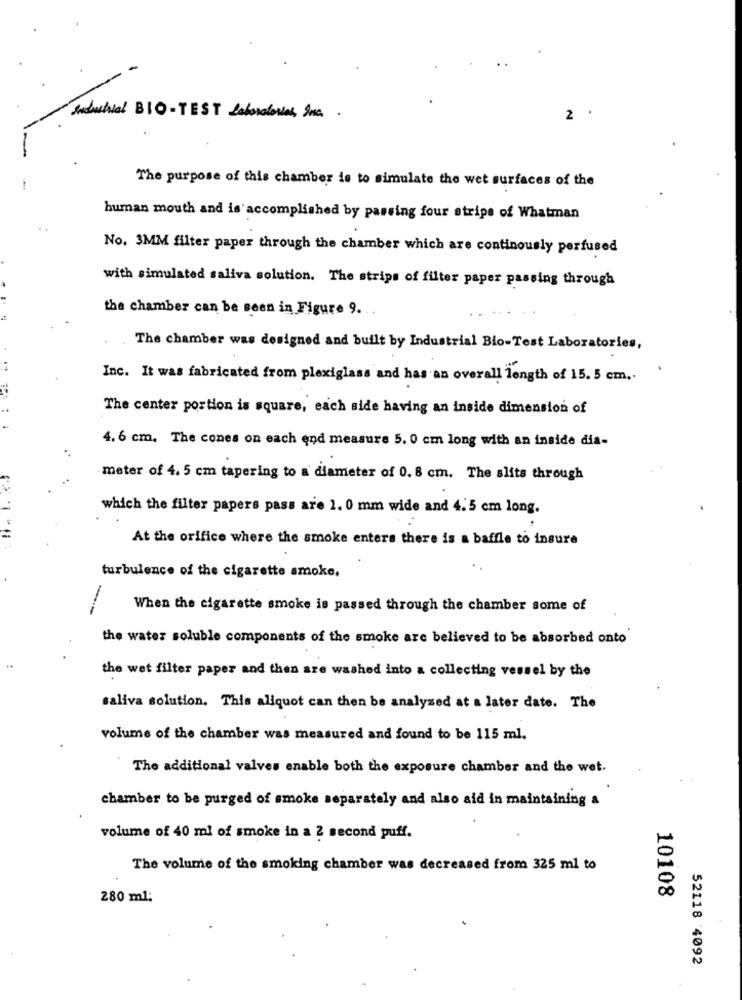
Industrial BIO-TEST Laboratories, Inc ..
2 .
The purpose of this chamber is to simulate the wet surfaces of the
human mouth and is accomplished by passing four stripe of Whatman
No. 3MM filter paper through the chamber which are continously perfused
with simulated saliva solution. The strips of filter paper passing through
the chamber can be seen in Figure 9 ...
The chamber was designed and built by Industrial Bio-Test Laboratories,
Inc. It was fabricated from plexiglass and has an overall length of 15. 5 cm ..
The center portion is square, each side having an inside dimension of
4. 6 cm. The cones on each end measure 5. 0 cm long with an inside dia-
meter of 4. 5 cm tapering to a diameter of 0. 8 cm. The slits through
which the filter papers pass are 1. 0 mm wide and 4.5 cm long.
At the orifice where the smoke enters there is a baffle to insure
turbulence of the cigarette smoke.
When the cigarette smoke is passed through the chamber some of
the water soluble components of the smoke are believed to be absorbed onto
the wet filter paper and then are washed into a collecting vessel by the
saliva solution. This aliquot can then be analysed at a later date. The
volume of the chamber was measured and found to be 115 ml.
The additional valves enable both the exposure chamber and the wet.
chamber to be purged of smoke separately and also aid in maintaining a
volume of 40 ml of smoke in a 2 second puff.
The volume of the smoking chamber was decreased from 325 ml to
10108
280 ml;
52118 4092